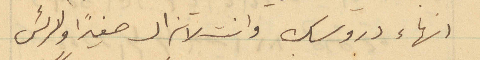
انهاء دروسك وانت لا تزال صغيراً والرئيس